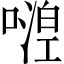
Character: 𠽇